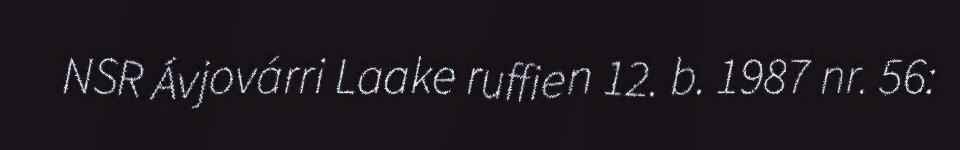
NSR Ávjovárri Laake ruffien 12. b. 1987 nr. 56: